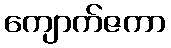
ကျောက်ဇကာ